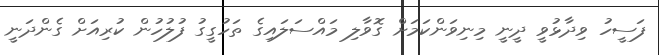
ފަސީހު ވިދާޅުވީ ދީނީ މިނިވަންކަމަށް ގޮވާލި މައްސަލައިގެ ތަހުގީގު ފުލުހުން ކުރިއަށް ގެންދަނީ